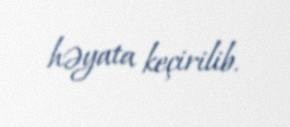
həyata keçirilib.